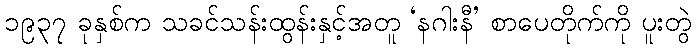
၁၉၃၇ ခုနှစ်က သခင်သန်းထွန်းနှင့်အတူ ‘နဂါးနီ’ စာပေတိုက်ကို ပူးတွဲ